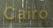
cairo